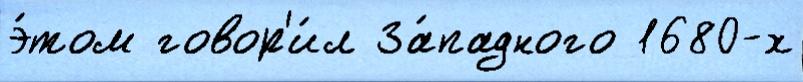
э́том говор'и́л За́падного 1680-х